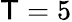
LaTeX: \mathsf{T}=5